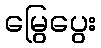
မြွေပွေး